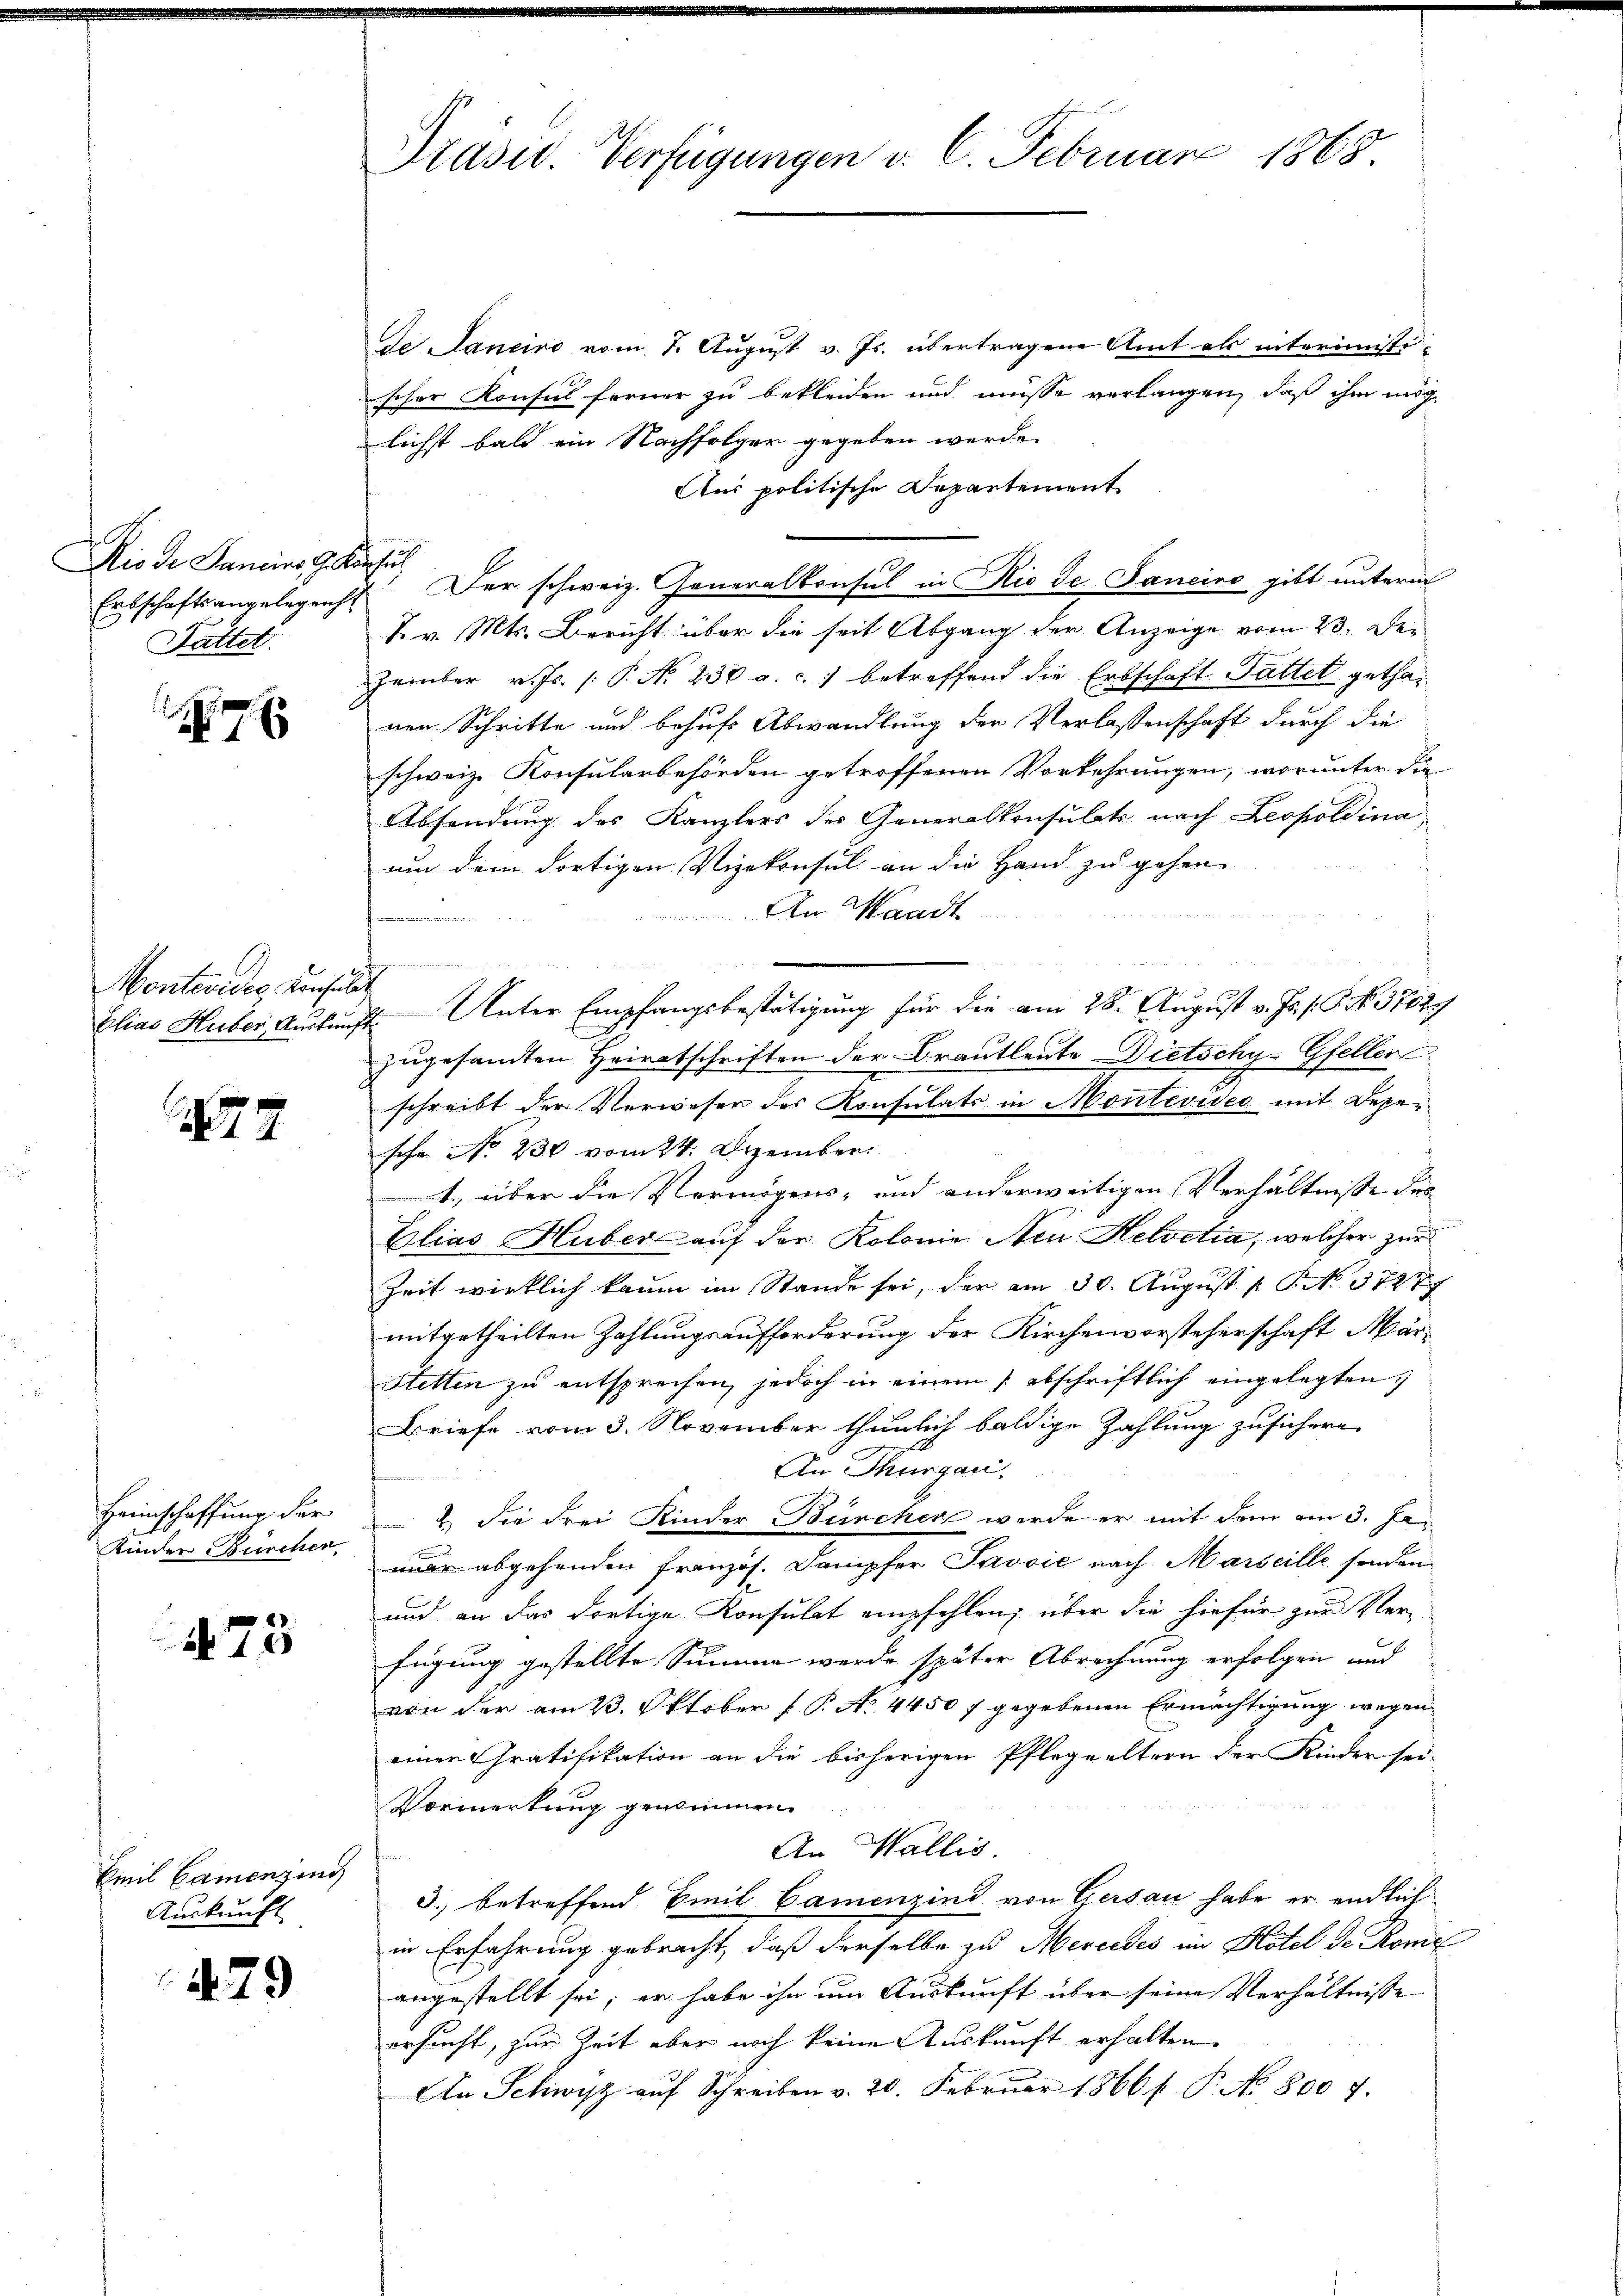
Rio de Sanciers G. Konsu
Sattet.

176

Montevides Konsult

77

Heimschaffung der
Kinder Burchen

A. 73

Emil Camenzins
Auskunft

479

Präsid. Verfügungen v. 6. Februar 1868.

de Janeiro vom 7. August v. Js. übertragene Amt als interimisti-
scher Konsul ferner zu bekleiden und müsse verlangen, daß ihm mög
lichst bald ein Nachfolger gegeben werde.
Aus politische Departement
Erbschaftsangelegens. Der schweiz. Generalkonsul in Rio de Janeiro gibt unterm
K. v. Mts. Bericht über die seit Abgang der Anzeige vom 23. Dezember v. Js. (: P. N. 230 a. c. betreffend die Erbschaft Sattet gethanen Schritte und behufs Abwandlung der Verlassenschaft durch die
schweiz. Konsularbehörden getroffenen Vorkehrungen, worunter die
Absendung des Kanzlers des Generalkonsulats nach Leopoldina
um dem dortigen Vizekonsul an die Hand zu gehen
An Waadt
Elias Huber, Auskunft. Unter Empfangsbestätigung für die am 28. August v. Js. f. G. No. 3702
zugesamten Heiratschriften der Brautleute Dietschy-Gfeller
schreibt der Verweser des Konsulats in Montevideo mit Deper
schr. No. 230 vom 24. Dezember.
t., über die Vermögens- und anderweitigen Verhältnisse des
Elias Huber auf der Kolonie Neu Helvetia, welcher zur
Zeit wirklich kaum im Stande sei, der am 30. August [ P. No. 37277
mitgetheilten Zahlungsaufforderung der Kirchenvorsteherschaft März
Stetten zu entsprochen, jedoch in einem abschriftlich eingelegten
Briefe vom 3. November thunlich baldige Zahlung zusichere
An Thurgau,
2. Sie drei Kinder Bürcher werde er mit dem am 3. Jaar abgehenden Französ. Dampfer Javvić nach Marseille senden
und an das dortige Konsulat empfehlen; über die hiefür zur Ver-
fügung gestellte Summe werde später Abrechnung erfolgen und
von der am 23. Oktober f. P. A. 4450 7 gegebenen Ermächtigung wegen
einen Gratifikation an die bisherigen Pflegeeltern der Kinder sei-
Vormerkung genommen.
An Wallis
3. betreffend Emil Camenzind von Gersau habe er endlich
in Erfahrung gebracht, daß derselbe zu Mercedes im Hotel de Komi
angestellt sei; er habe ihn um Auskunft über seine Verhältnisse
ersucht, zur Zeit aber noch keine Auskunft erhalten.
An Schwyz aŭf Schreiben v. 20. Febrŭar 1866/ P. No. 8007.